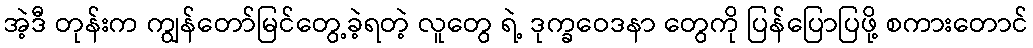
အဲ့ဒီ တုန်းက ကျွန်တော်မြင်တွေ့ခဲ့ရတဲ့ လူတွေ ရဲ့ ဒုက္ခဝေဒနာ တွေကို ပြန်ပြောပြဖို့ စကားတောင်